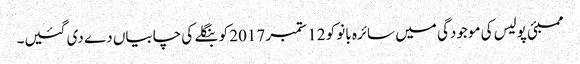
ممبئی پولیس کی موجودگی میں سائرہ بانو کو 12 ستمبر 2017 کو بنگلے کی چابیاں دے دی گئیں۔